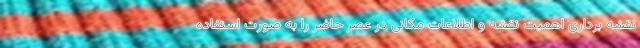
نقشه برداری اهمیت نقشه و اطلاعات مکانی در عصر حاضر را به صورت استفاده